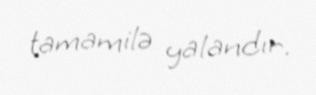
tamamilə yalandır.